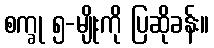
စက္ခု ၅-မျိုးကို ပြဆိုခန်း။